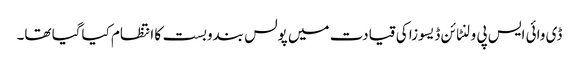
ڈی وائی ایس پی ولنٹائن ڈیسوزا کی قیادت میں پولس بندوبست کا انتظام کیاگیا تھا۔